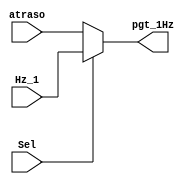
module mux2_to_1(output wire pgt_1Hz,
                input wire atraso,  Hz_1 , Sel);

assign pgt_1Hz = (Sel == 1'b0) ? atraso :
                 (Sel == 1'b1) ?  Hz_1 :
                 1'bX;

endmodule